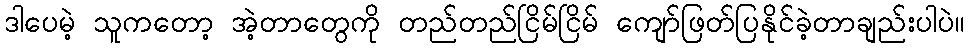
ဒါပေမဲ့ သူကတော့ အဲ့တာတွေကို တည်တည်ငြိမ်ငြိမ် ကျော်ဖြတ်ပြနိုင်ခဲ့တာချည်းပါပဲ။